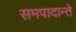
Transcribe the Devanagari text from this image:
समपादान्ते